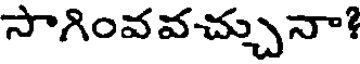
సాగింవవచ్చునా?